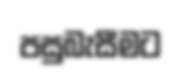
පසුබැසීමට